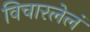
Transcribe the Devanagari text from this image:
विचारलेलं